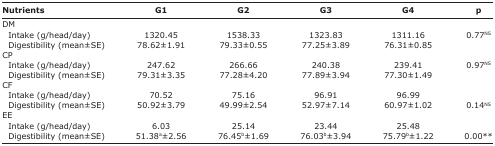
<table><thead><tr><td><b>Nutrients</b></td><td><b>G1</b></td><td><b>G2</b></td><td><b>G3</b></td><td><b>G4</b></td><td><b>p</b></td></tr></thead><tbody><tr><td>DM</td><td></td><td></td><td></td><td></td><td></td></tr><tr><td> Intake (g/head/day)</td><td>1320.45</td><td>1538.33</td><td>1323.83</td><td>1311.16</td><td rowspan="2">0.77<sup>NS</sup></td></tr><tr><td> Digestibility (mean±SE)</td><td>78.62±1.91</td><td>79.33±0.55</td><td>77.25±3.89</td><td>76.31±0.85</td></tr><tr><td>CP</td><td></td><td></td><td></td><td></td><td></td></tr><tr><td> Intake (g/head/day)</td><td>247.62</td><td>266.66</td><td>240.38</td><td>239.41</td><td rowspan="2">0.97<sup>NS</sup></td></tr><tr><td> Digestibility (mean±SE)</td><td>79.31±3.35</td><td>77.28±4.20</td><td>77.89±3.94</td><td>77.30±1.49</td></tr><tr><td>CF</td><td></td><td></td><td></td><td></td><td></td></tr><tr><td> Intake (g/head/day)</td><td>70.52</td><td>75.16</td><td>96.91</td><td>96.99</td><td></td></tr><tr><td> Digestibility (mean±SE)</td><td>50.92±3.79</td><td>49.99±2.54</td><td>52.97±7.14</td><td>60.97±1.02</td><td>0.14<sup>NS</sup></td></tr><tr><td>EE</td><td></td><td></td><td></td><td></td><td></td></tr><tr><td> Intake (g/head/day)</td><td>6.03</td><td>25.14</td><td>23.44</td><td>25.48</td><td></td></tr><tr><td> Digestibility (mean±SE)</td><td>51.38<sup>a</sup>±2.56</td><td>76.45<sup>b</sup>±1.69</td><td>76.03<sup>b</sup>±3.94</td><td>75.79<sup>b</sup>±1.22</td><td>0.00**</td></tr></tbody></table>